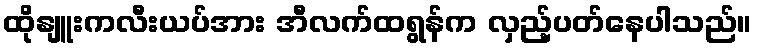
ထိုနျူးကလီးယပ်အား အီလက်ထရွန်က လှည့်ပတ်နေပါသည်။